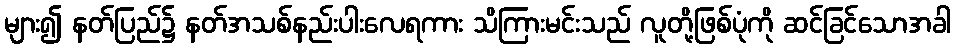
များ၍ နတ်ပြည်၌ နတ်အသစ်နည်းပါးလေရကား သိကြားမင်းသည် လူတို့ဖြစ်ပုံကို ဆင်ခြင်သောအခါ